King Institute of Preventive Medicine Micro-Biological Section reports 1909-11
Year: 1909
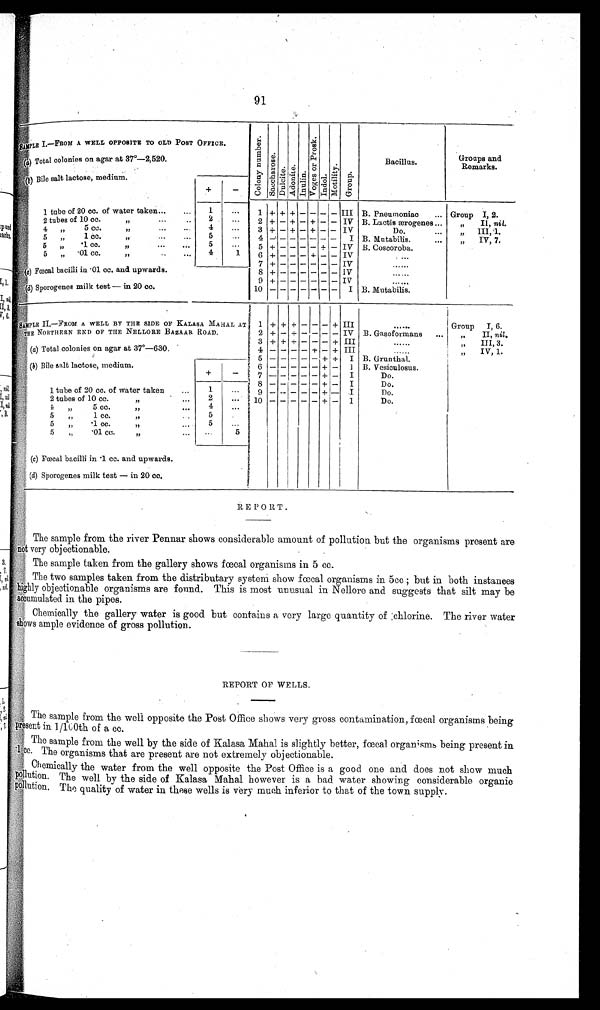
91
SAMPLE I—FROM A WELL OPPOSITE TO OLD POST OFFICE.
Col ony number .
Saechar ose.
Dul ci t e. Adoni te.
Inulin.
Voges or Pr osk.
Indol.
Mot i l i t y.
Group.
Bacillus.
Groups and
Remarks.
(a) Total colonies on agar at 37°—2,520.
(b) Bile salt lactose, medium
.
+
1 tube of 20 cc. of water taken...
...
1
. . .
1
+ + + — — — —
III
B. Pneumoniac
...
Group
I, 2.
2 tubes of 10 cc.
"
. . . . . .
2
. . .
2
+ — + — +
— —
IV
B. Lactis æ rogenes ...
,,
II, nil.
4
"
5 cc.
"
...
. . .
4
. . .
3
+ — + — + — — I V
D o . . . .
"
I I I . 1 .
5
"
1 cc.
"
. . .
. . .
5
. . .
4
—
— — — —
— —
I
B. Mutabi l i s. ...
"
IV. 7.
5
„
. 1 c c .
"
...
...
5
. . .
5
+
— — — —
+
—
I V
B. Coscoroba.
5
"
.01 cc.
"
. . .
. . .
4
1
6
+ — — — + — — IV
. . . . . .
7
+ —
—
—
—
—
— —
IV
. . . . . .
( c )F
œ c a l b a c i l l i i n .0
1 c c . a n du
p w a r d s .
8
+ —
—
—
—
— —
IV
. . . . . .
9
+
—
—
—
—
— —
IV
. . . . . .
(d) Sporogenes milk test—in 20 cc.
10 — —
—
—
—
— —
I
B. Mutabilis.
SAMPLE II.—FROM A WELL BY THE SIDE OF KALASA MAHAL AT
1
+ + + — — —
+
I I I
. . . . . .
Group
I, 6.
THE NORTHERN END OF THE NELLORE BAZAAR ROAD.
2
+ — + — — — — IV
B. Gasoformans
...
„
II, nil.
3
+ + +
—
—
— + III
. . . . . .
"
III, 3.
(a) Total colonies on agar at 37°—630.
4 —
— — —
+
—
+
I I I
. . . . . .
"
IV , 1.
5
— —
—
—
— +
+
I
B. Grunthal.
(b) Bile salt lactose, medium.
6
— —
—
—
— + —
I
B. Vesiculosus.
+
—
7
— —
—
—
—
+
—
I
Do.
8
— —
—
—
— + —
I
Do.
1 tube of 20 cc. of water taken
...
1
. . .
9
— — — — +
—
I
Do.
2 tubes of 10 cc.
"
. . .
2
. . .
10
— —
—
—
— + —
I
Do.
4
"
5 cc.
"
. . .
4
. . .
5
,,
1 cc.
"
. . .
5
. . .
5
„
.1 cc .
"
. . .
5
. . .
5
„
.01 cc.
"
. . .
. . .
5
(c) Fœcal bacilli in .1 cc. and upwards.
(a) Sporogenes milk test— in 20 cc.
REPORT.
The sample from the river Pennar shows considerable amount of pollution but the organisms present are
not very objectionable.
The sample taken from the gallery shows fœcal organisms in 5 cc.
The two samples taken from the distributary system show fœcal organisms in 5cc ; but in both instances
highly objectionable organisms are found. This is most unusual in Nellore and suggests that silt may be
accumulated in the pipes.
Chemically the gallery water is good but contains a very large quantity of chlorine. The river water
show sample evidence of gross
p o l l u t i o n .
REPORT OF WELLS.
The sample from the well opposite the Post Office shows very gross contamination, fœcal organisms being
present in 1/100th of a cc.
The sample from the well by the side of Kalasa Mahal is slightly better, fœcal organisms being present in
.1cc. The organisms that are present are not extremely objectionable.
Chemically the water from the well opposite the Post Office is a good one and does not show much
pollution . The well by the side of Kalasa Mahal however is a bad water showing considerable organic
p o l l u t i o n . T h e q u a l i t y o f w a t e r i n t h e s e w e l l s i s v e r y m u c h i n f e r i o r t o t h a t o f t h e t o w n s u p p l y .